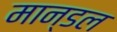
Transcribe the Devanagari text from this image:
मान्डल